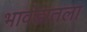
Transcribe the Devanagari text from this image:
भावंडातला